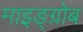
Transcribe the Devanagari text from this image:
माइङ्ग्रोब